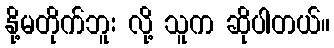
နို့မတိုက်ဘူး လို့ သူက ဆိုပါတယ်။